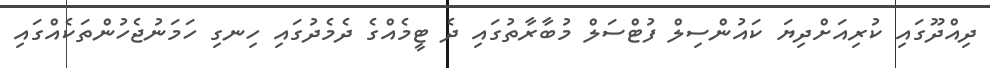
ދިއްދޫގައި ކުރިއަށްދިޔަ ކައުންސިލް ފުޓްސަލް މުބާރާތުގައި ދެ ޓީމެއްގެ ދެމެދުގައި ހިނގި ހަމަނުޖެހުންތަކެއްގައި